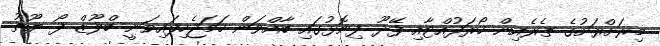
މިރަށްރަށުގެ ތެރެއިން ހޯރަފުއްޓާއި ފޭދޫ ފިނޮޅުގައި ބާއްވަން ހަމަޖެހިފައިވަނީ ބްލޫޒް ފޯ ޔޫތު